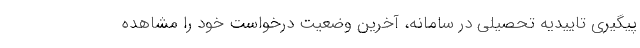
پیگیری تاییدیه تحصیلی در سامانه، آخرین وضعیت درخواست خود را مشاهده